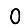
Digit: 0